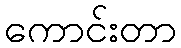
ကောင်းတာ